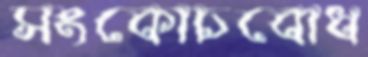
সংকোচবোধ